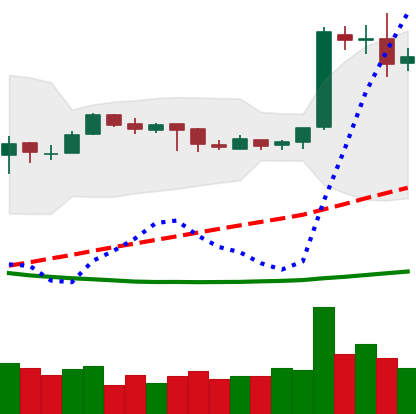
Ticker: EOS-USD
Chart end date: 2019-03-31
Forward return: 27.796%
Label: up_7plus